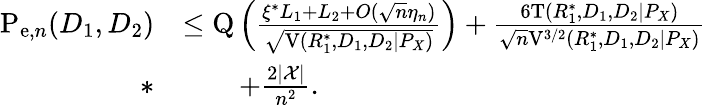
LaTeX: \begin{array}{rl}{\mathrm{P}_{\mathrm{e},n}(D_{1},D_{2})}&{\leq\mathrm{Q}\left(\frac{\xi^{*}L_{1}+L_{2}+O(\sqrt{n}\eta_{n})}{\sqrt{\mathrm{V}(R_{1}^{*},D_{1},D_{2}|P_{X})}}\right)+\frac{6\mathrm{T}(R_{1}^{*},D_{1},D_{2}|P_{X})}{\sqrt{n}\mathrm{V}^{3/2}(R_{1}^{*},D_{1},D_{2}|P_{X})}}\\ {*}&{\qquad+\frac{2|\mathcal{X}|}{n^{2}}.}\end{array}